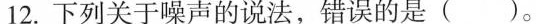
12.下列关于噪声的说法，错误的是(